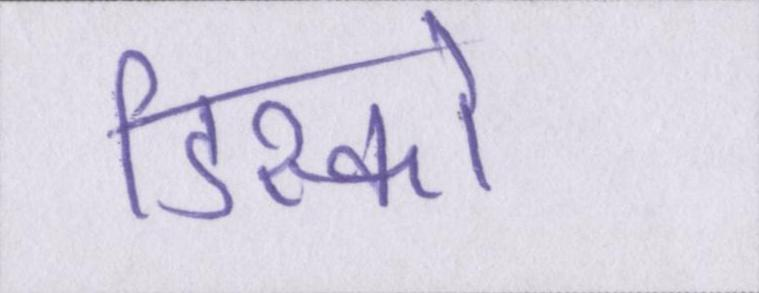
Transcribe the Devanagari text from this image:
डिस्कों